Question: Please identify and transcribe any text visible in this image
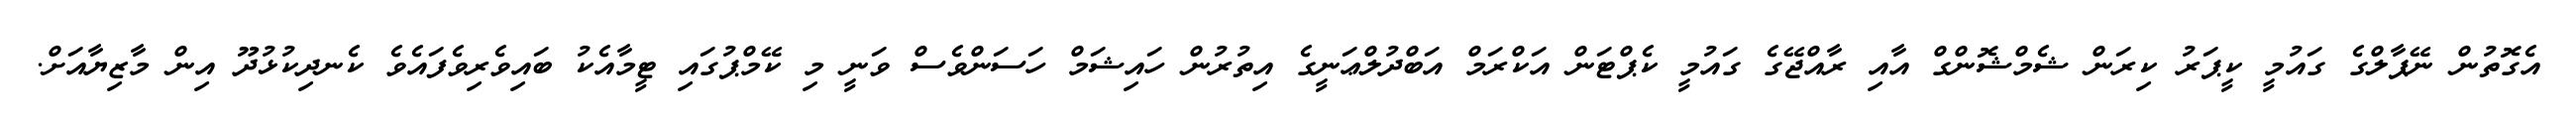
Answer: އެގޮތުން ނޭޕާލްގެ ގައުމީ ކީޕަރު ކިރަން ޝެމްޝޮންގް އާއި ރާއްޖޭގެ ގައުމީ ކެޕްޓަން އަކްރަމް އަބްދުލްޢަނީގެ އިތުރުން ހައިޝަމް ހަސަންވެސް ވަނީ މި ކޭމްޕުގައި ޓީމާއެކު ބައިވެރިވެފައެވެ ކެނދިކުޅުދޫ އިން މާޒިޔާއަށް.